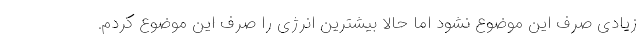
زیادی صرف این موضوع نشود اما حالا بیشترین انرژی را صرف این موضوع کردم.